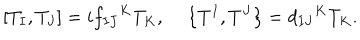
\left[ T _ { I } , T _ { J } \right] = i { f _ { I J } } ^ { K } T _ { K } , \left\{ T ^ { I } , T ^ { J } \right\} = { d _ { I J } } ^ { K } T _ { K } . \nonumber